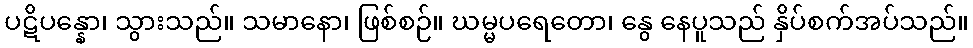
ပဋိပန္နော၊ သွားသည်။ သမာနော၊ ဖြစ်စဉ်။ ဃမ္မပရေတော၊ နွေ နေပူသည် နှိပ်စက်အပ်သည်။